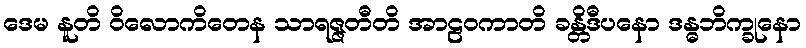
ဒေမ နူတိ ဝိလောကိတေန သာရဇ္ဇတီတိ အာဠဝကာတိ ခန္တိဒီပနော ဒန္ဓဘိက္ခုနော